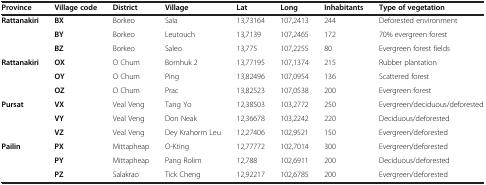
| Province | Village code | District | Village | Lat | Long | Inhabitants | Type of vegetation |
 | --- | --- | --- | --- | --- | --- | --- | --- |
 | Rattanakiri | BX | Borkeo | Sala | 13,73164 | 107,2413 | 244 | Deforested environment |
 |  | BY | Borkeo | Leutouch | 13,7139 | 107,2465 | 172 | 70% evergreen forest |
 |  | BZ | Borkeo | Saleo | 13,775 | 107,2255 | 80 | Evergreen forest fields |
 | Rattanakiri | OX | O Chum | Bornhuk 2 | 13,77195 | 107,1374 | 215 | Rubber plantation |
 |  | OY | O Chum | Ping | 13,82496 | 107,0954 | 136 | Scattered forest |
 |  | OZ | O Chum | Prac | 13,82523 | 107,0538 | 200 | Evergreen forest |
 | Pursat | VX | Veal Veng | Tang Yo | 12,38503 | 103,2772 | 250 | Evergreen/deciduous/deforested |
 |  | VY | Veal Veng | Don Neak | 12,36678 | 103,2242 | 220 | Deciduous/deforested |
 |  | VZ | Veal Veng | Dey Krahorm Leu | 12,27406 | 102,9521 | 150 | Evergreen/deforested |
 | Pailin | PX | Mittapheap | O-Kting | 12,77772 | 102,7014 | 300 | Evergreen/deforested |
 |  | PY | Mittapheap | Pang Rolim | 12,788 | 102,6911 | 200 | Deciduous/deforested |
 |  | PZ | Salakrao | Tick Cheng | 12,92217 | 102,6785 | 200 | Evergreen/deforested |